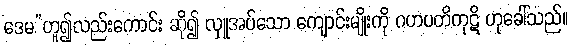
ဒေမ”ဟူ၍လည်းကောင်း ဆို၍ လှူအပ်သော ကျောင်းမျိုးကို ဂဟပတိကုဋိ ဟုခေါ်သည်။